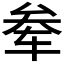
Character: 𫐊